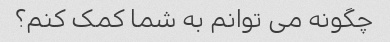
چگونه می توانم به شما کمک کنم؟